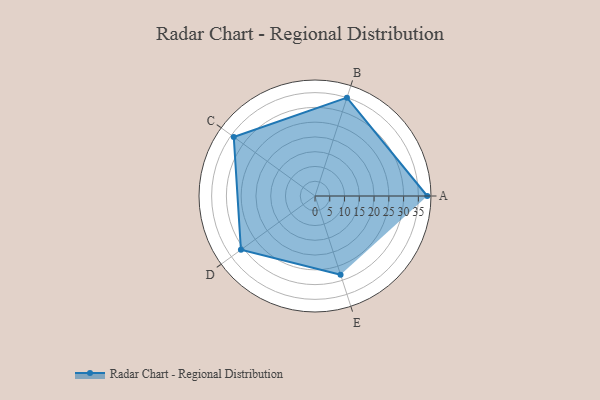
{"axis": {"x": "Skill", "y": "Score"}, "legend": ["Profile"], "data": [{"x": "A", "y": 38.0, "type": "Profile"}, {"x": "B", "y": 35.0, "type": "Profile"}, {"x": "C", "y": 34.0, "type": "Profile"}, {"x": "D", "y": 31.0, "type": "Profile"}, {"x": "E", "y": 28.0, "type": "Profile"}]}